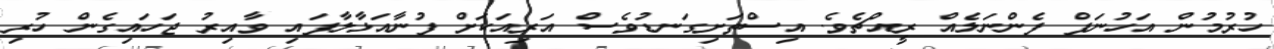
ހުރުމުން އަހުނަފް ފެންނަލެއް ރީއްޗެވެ. އިސްތަށިގަނޑުވެސް އަރިއަކަށް ފުނާއަޅާލާފައި ވާއިރު ޖަހައިގެން ހުރި